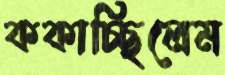
ককাচ্ছিলেম